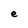
Character: e